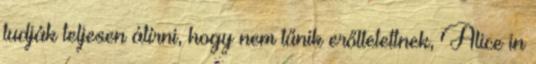
tudják teljesen átírni, hogy nem tűnik erőltetettnek, Alice in